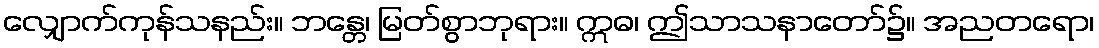
လျှောက်ကုန်သနည်း။ ဘန္တေ၊ မြတ်စွာဘုရား။ ဣဓ၊ ဤသာသနာတော်၌။ အညတရော၊